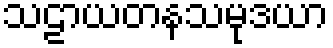
သဠာယတနသမုဒယာ